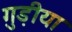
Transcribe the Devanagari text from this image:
गुड़ीया